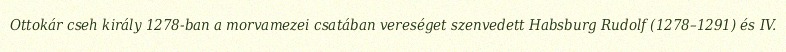
Ottokár cseh király 1278-ban a morvamezei csatában vereséget szenvedett Habsburg Rudolf (1278–1291) és IV.